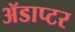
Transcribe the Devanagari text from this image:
ॲडाप्टर